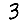
Digit: 3